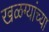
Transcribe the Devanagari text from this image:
खळग्यांच्या